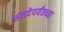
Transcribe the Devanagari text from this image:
संसदेपर्यंतच्या